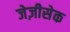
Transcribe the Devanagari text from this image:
जेज़ीसेक